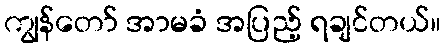
ကျွန်တော် အာမခံ အပြည့် ရချင်တယ်။